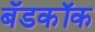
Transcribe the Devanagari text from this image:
बॅडकॉक